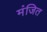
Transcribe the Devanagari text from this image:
मंजित